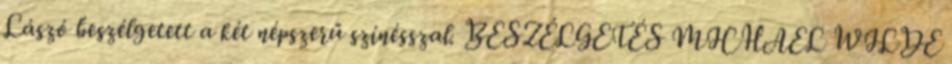
Lászó beszélgetett a két népszerű színésszal. BESZÉLGETÉS MICHAEL WILDE